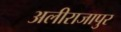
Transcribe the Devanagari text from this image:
अलीराजापुर